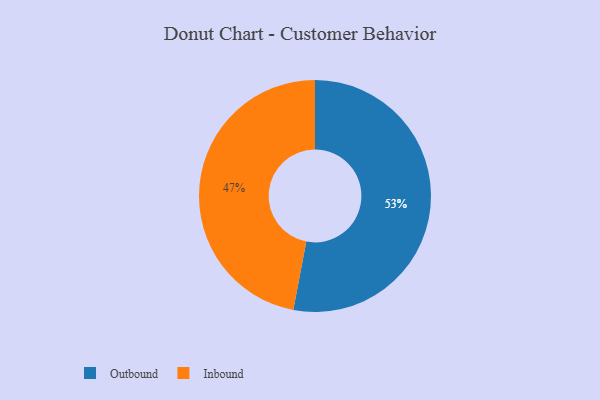
{"axis": {"x": "Category", "y": "Percentage"}, "legend": ["Inbound", "Outbound"], "data": [{"x": "Inbound", "y": 47, "type": "Inbound"}, {"x": "Outbound", "y": 53, "type": "Outbound"}]}